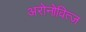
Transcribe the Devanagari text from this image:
अरोनोवित्ज़